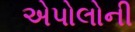
એપોલોની